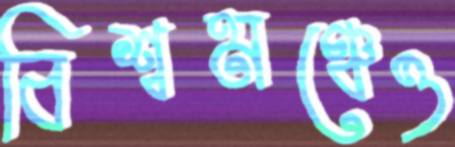
বিশ্বমঞ্চেও